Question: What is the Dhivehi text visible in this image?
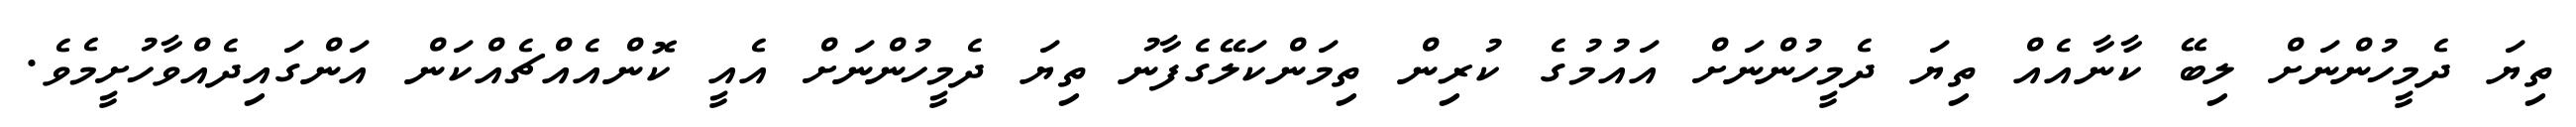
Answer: ތިޔަ ދެމީހުންނަށް ލިބޭ ކާނާއެއް ތިޔަ ދެމީހުންނަށް އައުމުގެ ކުރިން ތިމަންކަލޭގެފާނު ތިޔަ ދެމީހުންނަށް އެއީ ކޮންއެއްޗެއްކަން އަންގައިދެއްވާހުށީމެވެ.